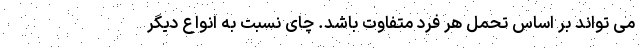
می تواند بر اساس تحمل هر فرد متفاوت باشد. چای نسبت به انواع دیگر